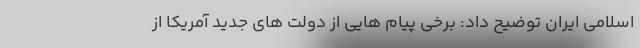
اسلامی ایران توضیح داد: برخی پیام هایی از دولت های جدید آمریکا از